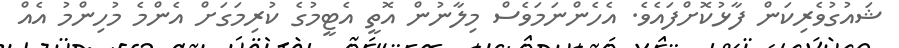
ޝައުގުވެރިކަން ފާޅުކޮށްފައެވެ. އެހެންނަމަވެސް މިލާނުން އޮތީ އެޓީމުގެ ކުރިމަގަށް އެންމެ މުހިންމު އެއް